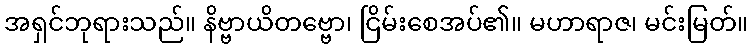
အရှင်ဘုရားသည်။ နိဗ္ဗာယိတဗ္ဗော၊ ငြိမ်းစေအပ်၏။ မဟာရာဇ၊ မင်းမြတ်။